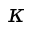
\kappa